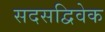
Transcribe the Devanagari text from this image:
सदसद्विवेक